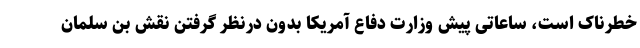
خطرناک است، ساعاتی پیش وزارت دفاع آمریکا بدون درنظر گرفتن نقش بن سلمان